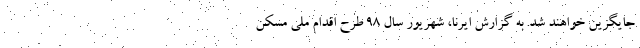
جایگزین خواهند شد. به گزارش ایرنا، شهریور سال ٩٨ طرح اقدام ملی مسکن